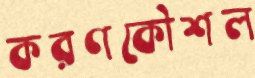
করণকৌশল